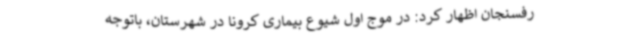
رفسنجان اظهار کرد: در موج اول شیوع بیماری کرونا در شهرستان، باتوجه